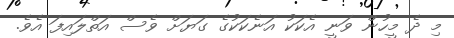
މި ދެ މީހުން ވަނީ އެކަކު އަނެކަކުގެ ގަޔަށް ވެސް އަތްލައިފަ އެވެ.